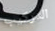
التركيب